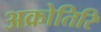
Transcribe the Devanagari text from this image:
अक्रोतिरि